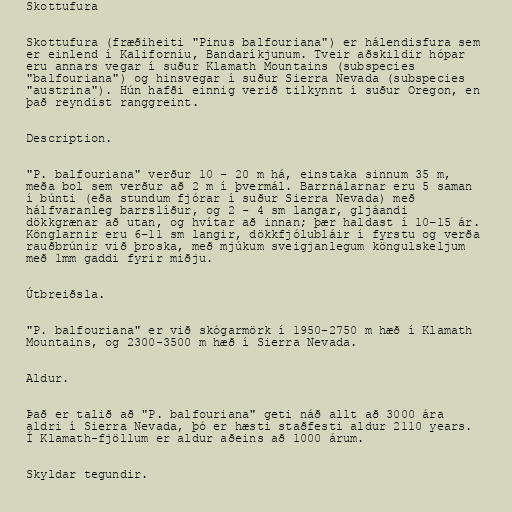
Skottufura

Skottufura (fræðiheiti "Pinus balfouriana") er hálendisfura sem
er einlend í Kaliforníu, Bandaríkjunum. Tveir aðskildir hópar
eru annars vegar í suður Klamath Mountains (subspecies
"balfouriana") og hinsvegar í suður Sierra Nevada (subspecies
"austrina"). Hún hafði einnig verið tilkynnt í suður Oregon, en
það reyndist ranggreint.

Description.

"P. balfouriana" verður 10 - 20 m há, einstaka sinnum 35 m,
meða bol sem verður að 2 m í þvermál. Barrnálarnar eru 5 saman
í búnti (eða stundum fjórar í suður Sierra Nevada) með
hálfvaranleg barrslíður, og 2 - 4 sm langar, gljáandi
dökkgrænar að utan, og hvítar að innan; þær haldast í 10–15 ár.
Könglarnir eru 6–11 sm langir, dökkfjólubláir í fyrstu og verða
rauðbrúnir við þroska, með mjúkum sveigjanlegum köngulskeljum
með 1mm gaddi fyrir miðju.

Útbreiðsla.

"P. balfouriana" er við skógarmörk í 1950-2750 m hæð í Klamath
Mountains, og 2300-3500 m hæð í Sierra Nevada.

Aldur.

Það er talið að "P. balfouriana" geti náð allt að 3000 ára
aldri í Sierra Nevada, þó er hæsti staðfesti aldur 2110 years.
Í Klamath-fjöllum er aldur aðeins að 1000 árum.

Skyldar tegundir.